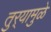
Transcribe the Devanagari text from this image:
तुर्‍यामुळे